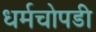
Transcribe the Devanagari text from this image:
धर्मचोपडी